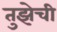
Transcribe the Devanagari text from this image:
तुझेची